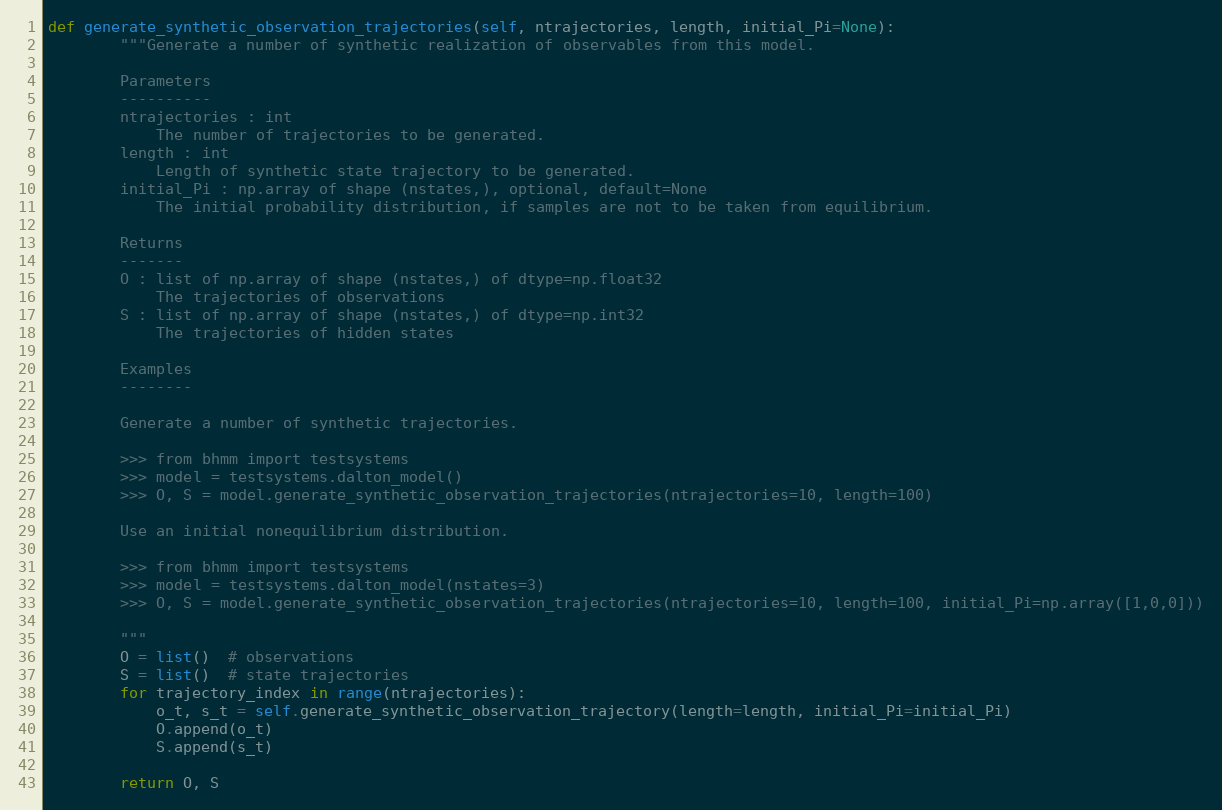
Language: Python
def generate_synthetic_observation_trajectories(self, ntrajectories, length, initial_Pi=None):
        """Generate a number of synthetic realization of observables from this model.

        Parameters
        ----------
        ntrajectories : int
            The number of trajectories to be generated.
        length : int
            Length of synthetic state trajectory to be generated.
        initial_Pi : np.array of shape (nstates,), optional, default=None
            The initial probability distribution, if samples are not to be taken from equilibrium.

        Returns
        -------
        O : list of np.array of shape (nstates,) of dtype=np.float32
            The trajectories of observations
        S : list of np.array of shape (nstates,) of dtype=np.int32
            The trajectories of hidden states

        Examples
        --------

        Generate a number of synthetic trajectories.

        >>> from bhmm import testsystems
        >>> model = testsystems.dalton_model()
        >>> O, S = model.generate_synthetic_observation_trajectories(ntrajectories=10, length=100)

        Use an initial nonequilibrium distribution.

        >>> from bhmm import testsystems
        >>> model = testsystems.dalton_model(nstates=3)
        >>> O, S = model.generate_synthetic_observation_trajectories(ntrajectories=10, length=100, initial_Pi=np.array([1,0,0]))

        """
        O = list()  # observations
        S = list()  # state trajectories
        for trajectory_index in range(ntrajectories):
            o_t, s_t = self.generate_synthetic_observation_trajectory(length=length, initial_Pi=initial_Pi)
            O.append(o_t)
            S.append(s_t)

        return O, S